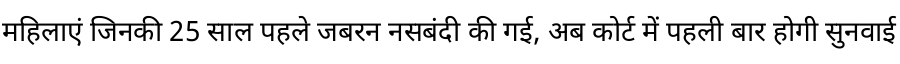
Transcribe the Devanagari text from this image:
महिलाएं जिनकी 25 साल पहले जबरन नसबंदी की गई, अब कोर्ट में पहली बार होगी सुनवाई